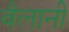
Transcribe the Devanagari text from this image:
बैलानी